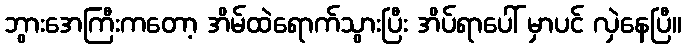
ဘွားအေကြီးကတော့ အိမ်ထဲရောက်သွားပြီး အိပ်ရာပေါ် မှာပင် လှဲနေပြီ။